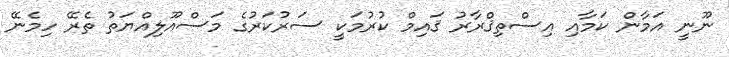
ނޫނީ އަމާން ކަމާއި އިސްތިޤްރާރު ޤައިމް ކުރުމަކީ ސަރުކަރުގެ މަސްއޫލިއްޔަތު ތެރޭ ހިމެނޭ